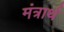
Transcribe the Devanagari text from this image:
मंत्रार्थ